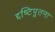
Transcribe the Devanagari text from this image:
द्दष्टिपूतना